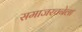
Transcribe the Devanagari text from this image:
समाजरचनेला